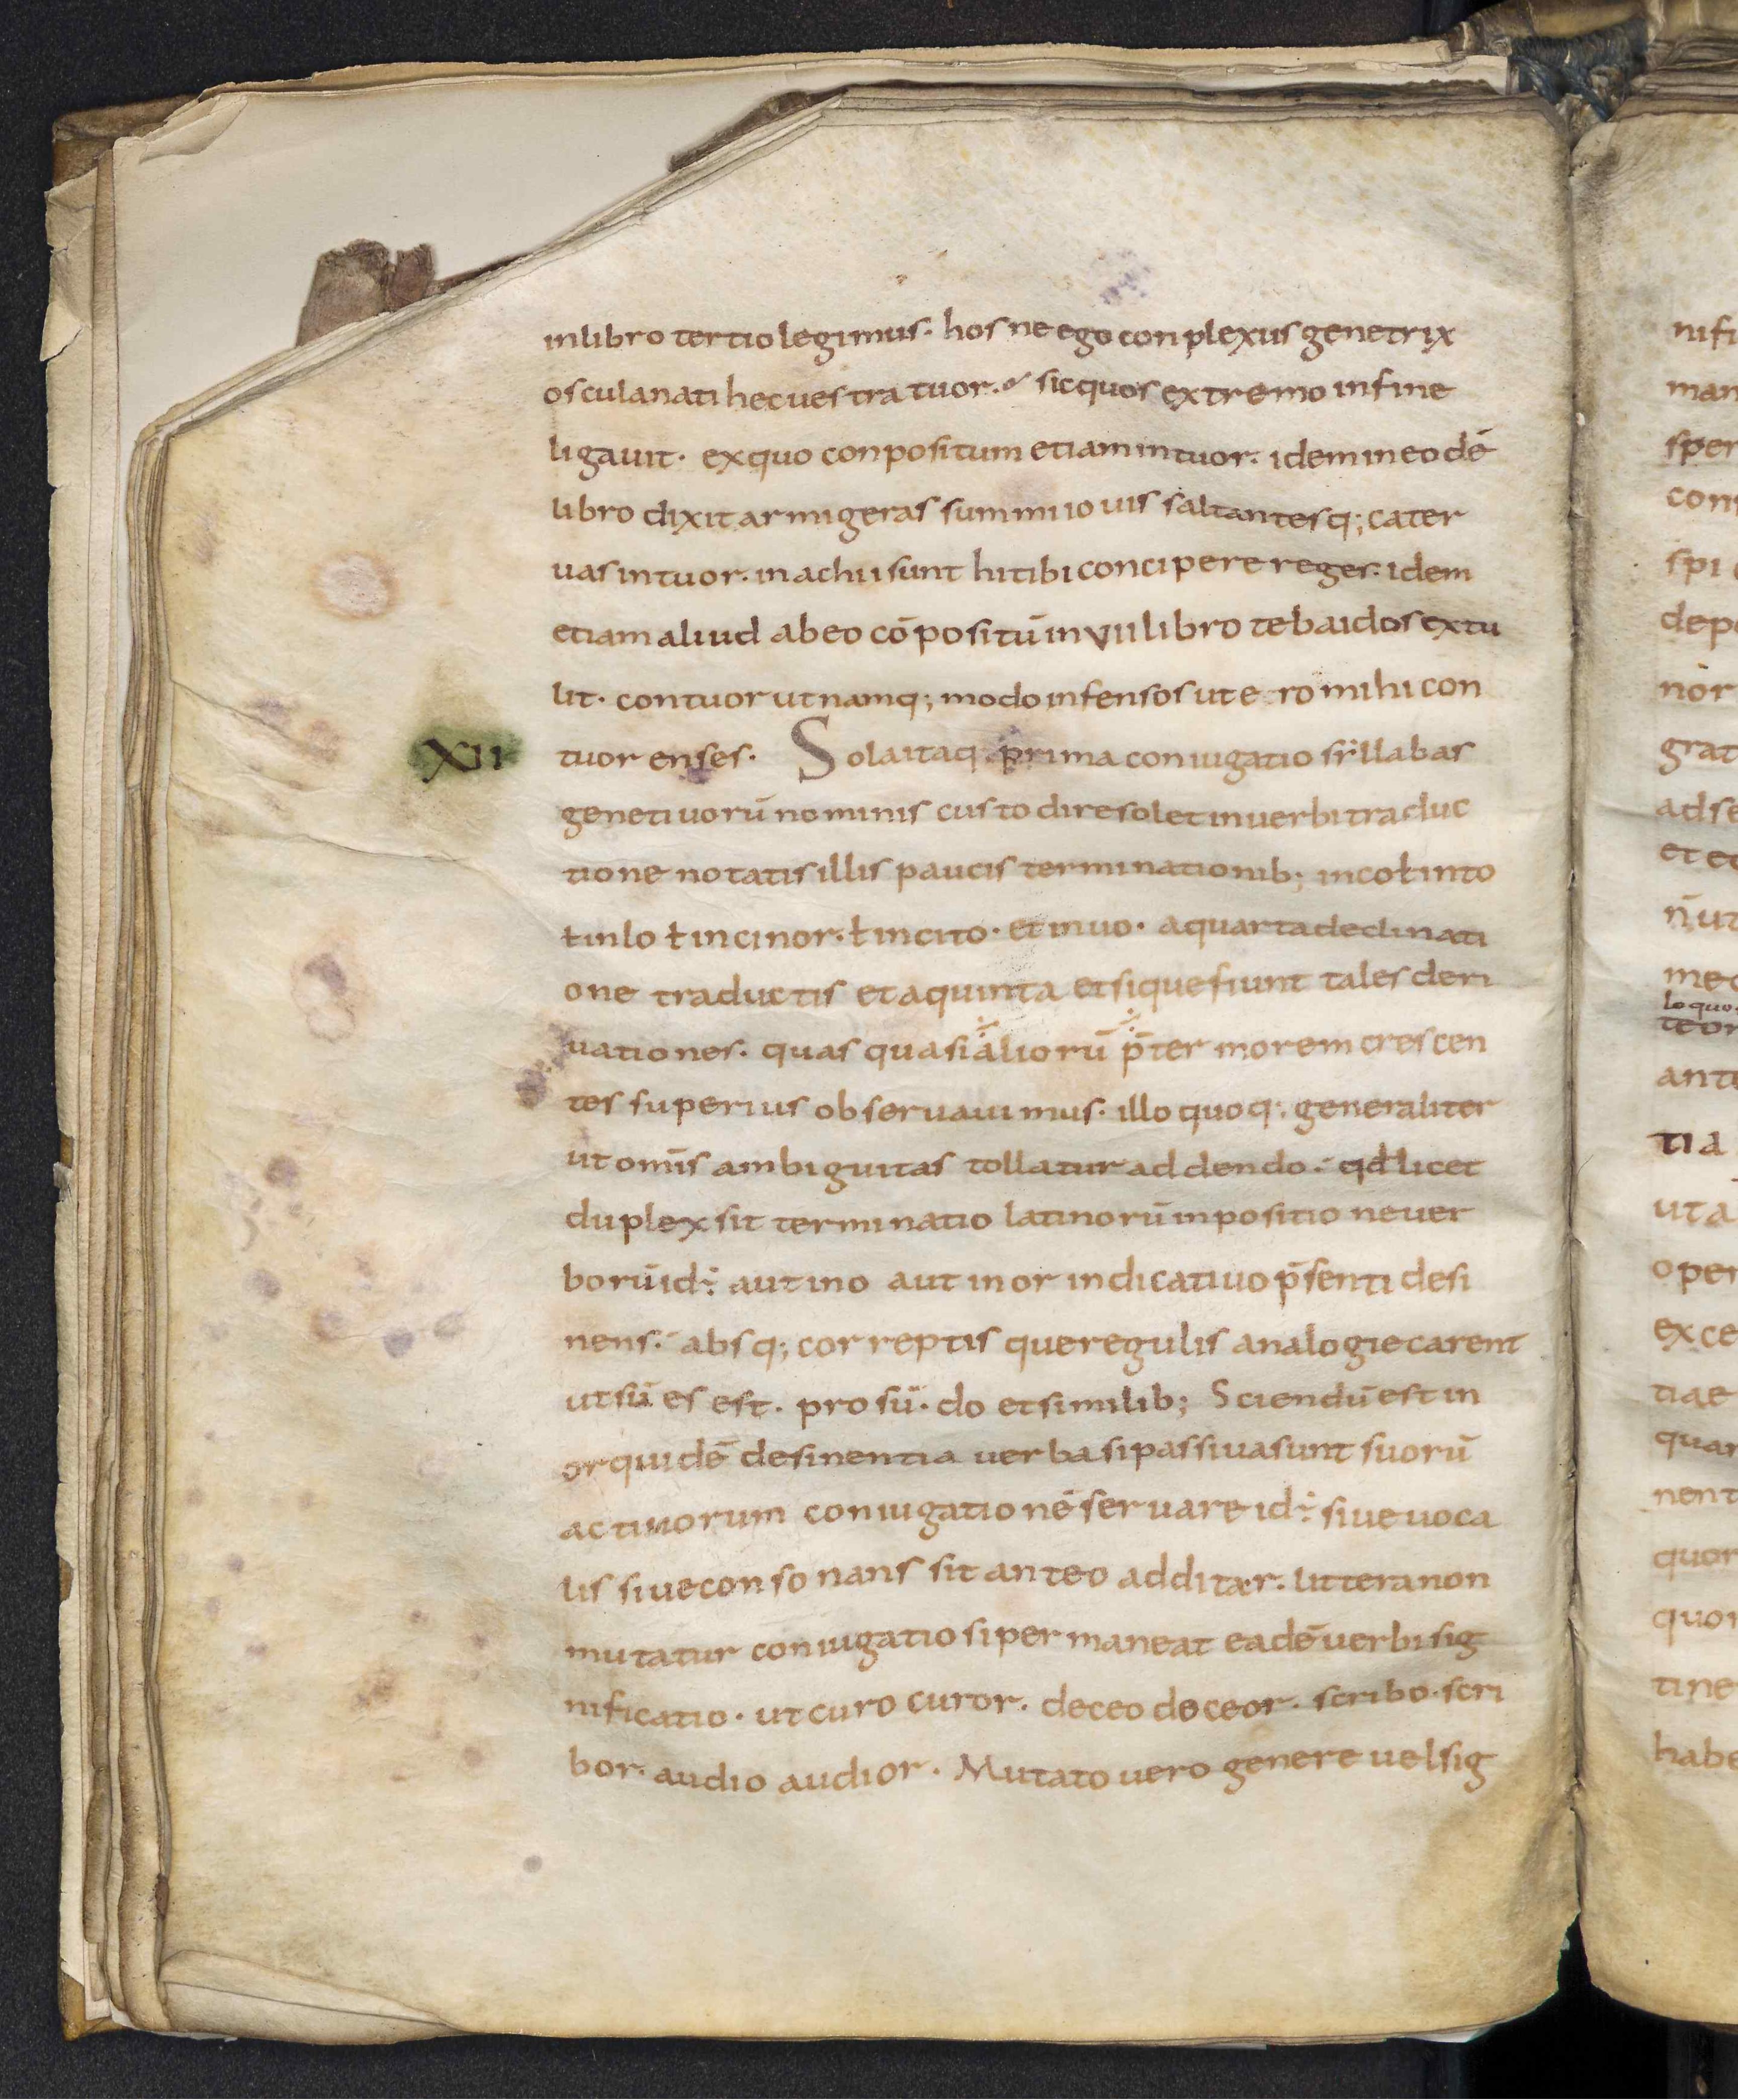
Shelfmark: Leiden, Bibliotheek der Rijksuniversiteit, Voss. Lat. O 41
Century: 9